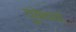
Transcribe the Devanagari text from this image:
युकेच्या